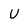
Character: U